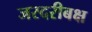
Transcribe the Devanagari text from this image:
जरदरीबक्ष